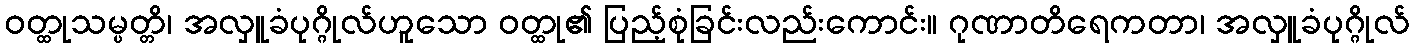
ဝတ္ထုသမ္ပတ္တိ၊ အလှူခံပုဂ္ဂိုလ်ဟူသော ဝတ္ထု၏ ပြည့်စုံခြင်းလည်းကောင်း။ ဂုဏာတိရေကတာ၊ အလှူခံပုဂ္ဂိုလ်